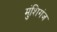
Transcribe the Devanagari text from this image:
मुंशिगंज